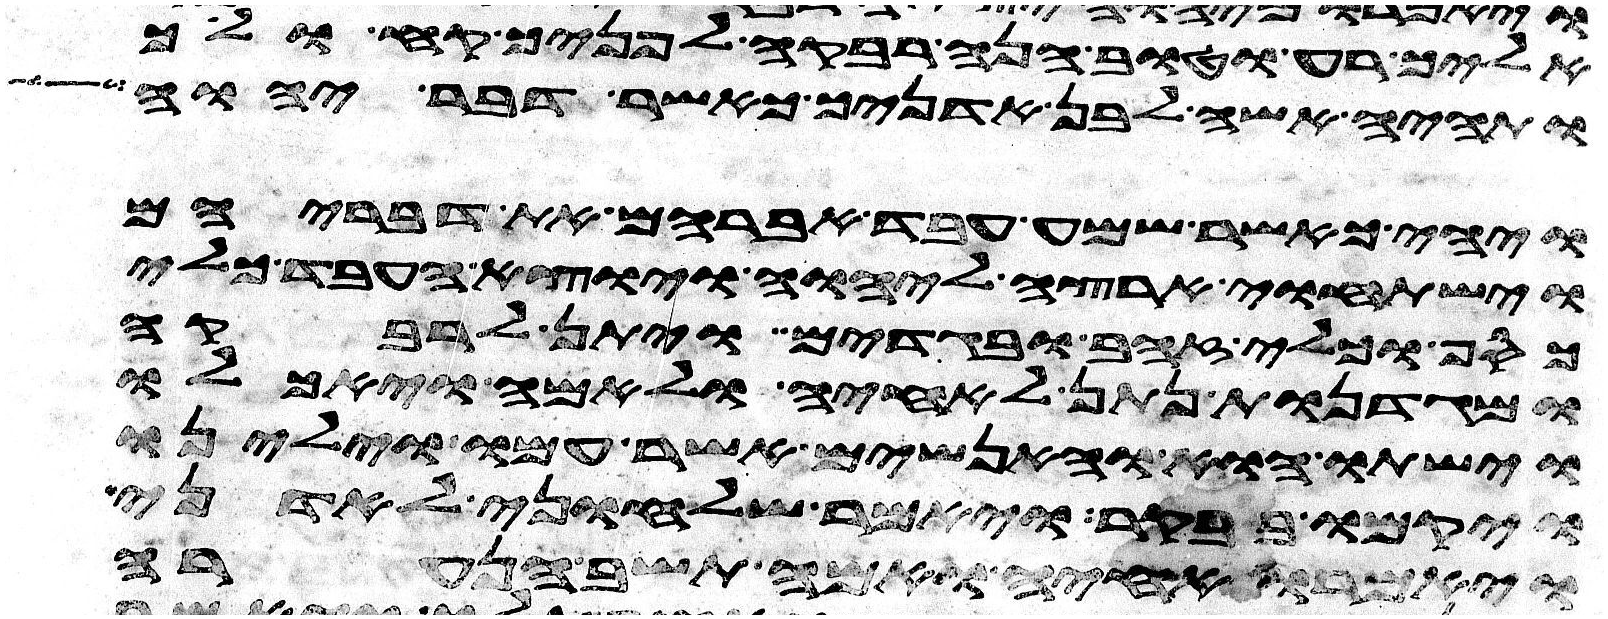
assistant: אליך רע וטוב הנה רבקה לפניך קח ולך
ותהי אשה לבן אדניך כאשר דבר יהוה
ויהי כאשר שמע עבד אברהם את דבריהם
וישתחוי ארצה ליהוה ויוצא העבד כלי
כסף וכלי זהב ובגדים ויתן לרבקה
ומגדנות נתן לאחיה ולאמה ויאכלו
וישתו הוא והאנשים אשר עמו וילינו
ויקמו בבקר ויאמר שלחוני לאדני
ויאמרו אחיה ואמה תשב הנערה